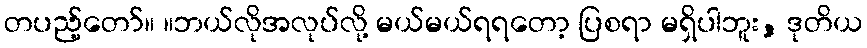
တပည့်တော်။ ။ဘယ်လိုအလုပ်လို့ မယ်မယ်ရရတော့ ပြစရာ မရှိပါဘူး, ဒုတိယ